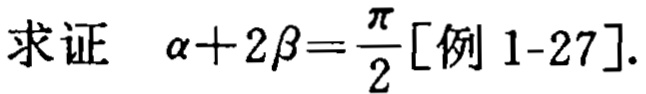
求证 $\alpha + 2\beta=\frac{\pi}{2}[\text{例 }1\text{-}27].$